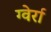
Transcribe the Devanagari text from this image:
ग्वेर्रा